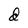
Character: d